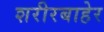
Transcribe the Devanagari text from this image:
शरीरबाहेर